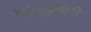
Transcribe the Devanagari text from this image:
फेकोइमल्सीफिकेशन